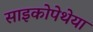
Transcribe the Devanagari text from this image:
साइकोपेथेया